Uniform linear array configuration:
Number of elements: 12
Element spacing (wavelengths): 1
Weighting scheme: binomial
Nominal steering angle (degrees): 30
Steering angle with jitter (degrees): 28.819
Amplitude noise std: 0.05
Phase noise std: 0.05

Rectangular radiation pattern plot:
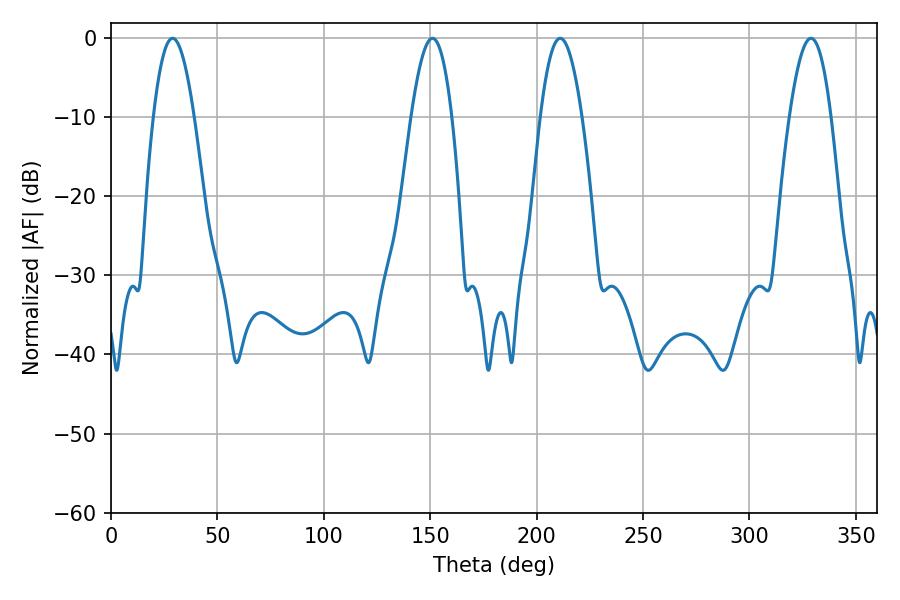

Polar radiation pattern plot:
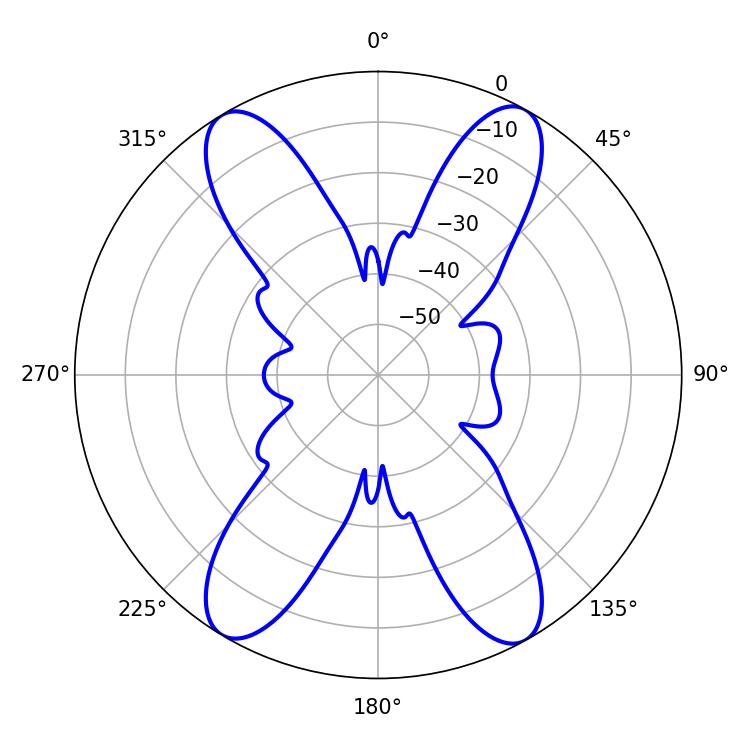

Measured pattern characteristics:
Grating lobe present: TRUE
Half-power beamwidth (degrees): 10.44
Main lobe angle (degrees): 151.02